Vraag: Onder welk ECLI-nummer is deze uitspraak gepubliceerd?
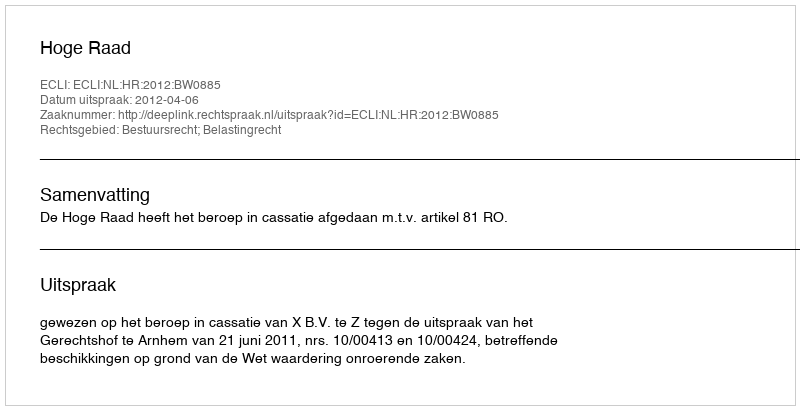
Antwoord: ECLI:NL:HR:2012:BW0885